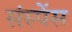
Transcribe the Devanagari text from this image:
संस्पेंस